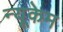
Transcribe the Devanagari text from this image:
न्यूकेम